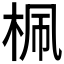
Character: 𣑲